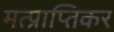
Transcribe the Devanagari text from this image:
मत्प्राप्तिकर